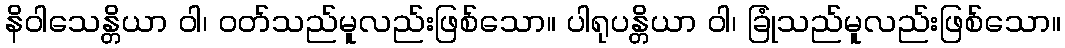
နိဝါသေန္တိယာ ဝါ၊ ဝတ်သည်မူလည်းဖြစ်သော။ ပါရုပန္တိယာ ဝါ၊ ခြုံသည်မူလည်းဖြစ်သော။